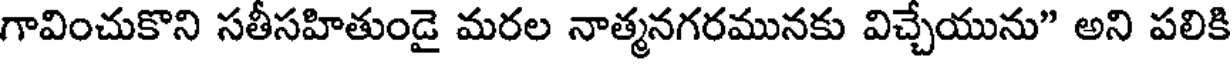
గావించుకొని సతీసహితుండై మరల నాత్మనగరమునకు విచ్చేయును" అని పలికి